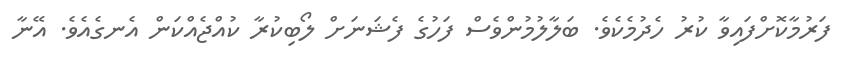
ފަރުމާކޮށްފައިވާ ކުރު ހެދުމެކެވެ. ބަލާލުމުންވެސް ފަހުގެ ފެޝަނަށް ލޯބިކުރާ ކުއްޖެއްކަން އެނގެއެވެ. އޭނާ